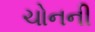
ચોનની